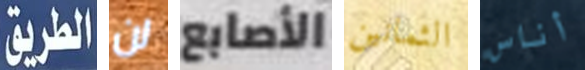
الطريق لن الأصابع الثمانين أناس